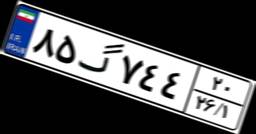
۸۵گ۷۴۴۲۰